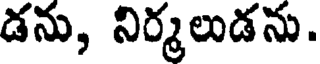
డను, నిర్మలుడను.